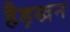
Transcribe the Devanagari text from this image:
हैड़खन